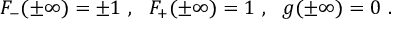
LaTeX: F _ { - } ( \pm \infty ) = \pm 1 \ , \ \ F _ { + } ( \pm \infty ) = 1 \ , \ \ g ( \pm \infty ) = 0 \ .